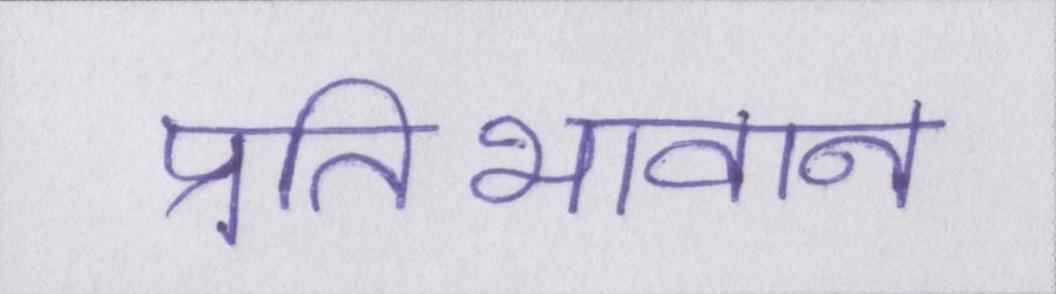
प्रतिभावान